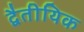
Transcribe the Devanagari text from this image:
द्वैतीयिक